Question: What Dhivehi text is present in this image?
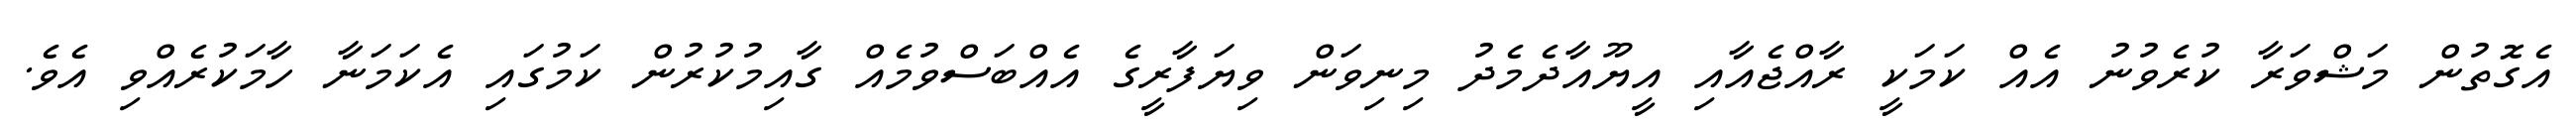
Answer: އެގޮތުން މަޝްވަރާ ކުރެވުނު އެއް ކަމަކީ ރާއްޖެއާއި އީޔޫއާދެމެދު މިނިވަން ވިޔަފާރީގެ އެއްބަސްވުމެއް ގާއިމުކުރުން ކަމުގައި އެކަމަނާ ހާމަކުރެއްވި އެވެ.